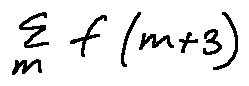
\sum \limits _ { m } f ( m + 3 )